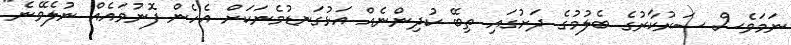
ނަމަވެސް ސަރުކާރުގެ ބެލުމުގެ ދަށުގައި ތިބޭ ކުދިންނެއް އަޅުގަނޑުމެނަކަށް އެހެން ފޮނުވައެއް ނުލެވޭނެ"